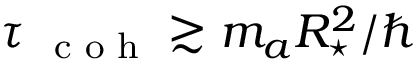
\tau { _ { \mathrm { ~ \scriptsize ~ c ~ o ~ h ~ } } } \gtrsim m _ { a } R _ { \star } ^ { 2 } / \hbar